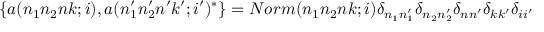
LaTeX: \{ a ( n _ { 1 } n _ { 2 } n k ; i ) , a ( n _ { 1 } ^ { \prime } n _ { 2 } ^ { \prime } n ^ { \prime } k ^ { \prime } ; i ^ { \prime } ) ^ { * } \} = N o r m ( n _ { 1 } n _ { 2 } n k ; i ) \delta _ { n _ { 1 } n _ { 1 } ^ { \prime } } \delta _ { n _ { 2 } n _ { 2 } ^ { \prime } } \delta _ { n n ^ { \prime } } \delta _ { k k ^ { \prime } } \delta _ { i i ^ { \prime } }